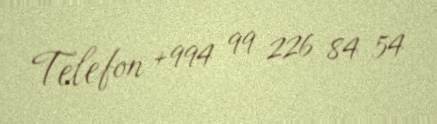
Telefon +994 99 226 84 54